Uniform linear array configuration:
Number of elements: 64
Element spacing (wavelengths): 0.25
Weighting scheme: cosine
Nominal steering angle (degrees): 15
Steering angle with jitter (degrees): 16.765
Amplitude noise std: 0.05
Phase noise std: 0.05

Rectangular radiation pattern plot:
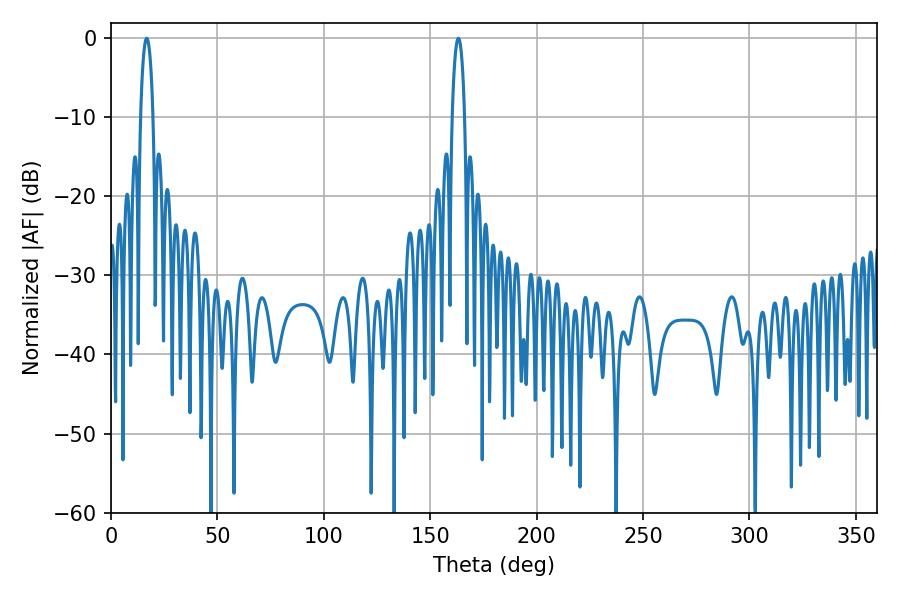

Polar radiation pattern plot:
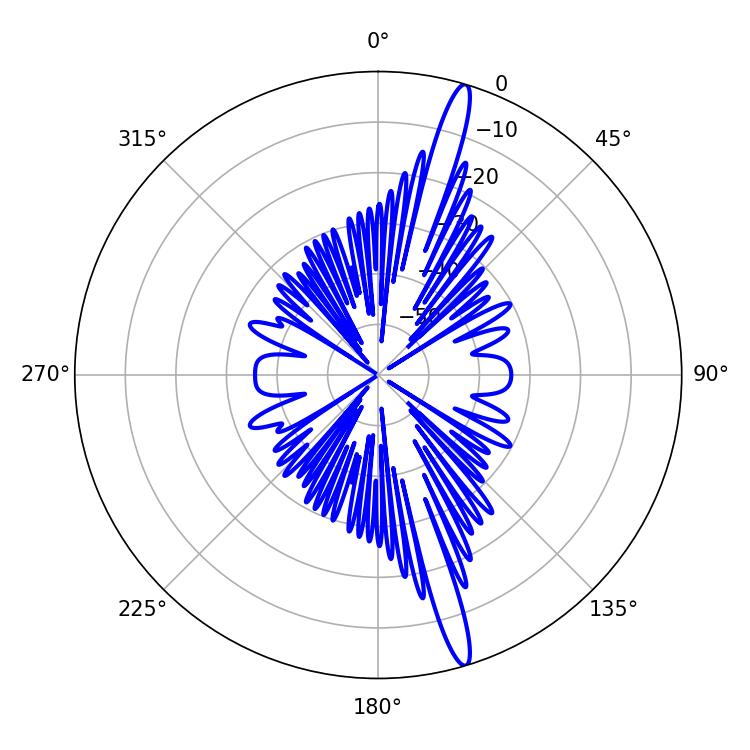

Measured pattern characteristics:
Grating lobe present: FALSE
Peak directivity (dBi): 17.22
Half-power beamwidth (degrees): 3.24
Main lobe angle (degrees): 163.26